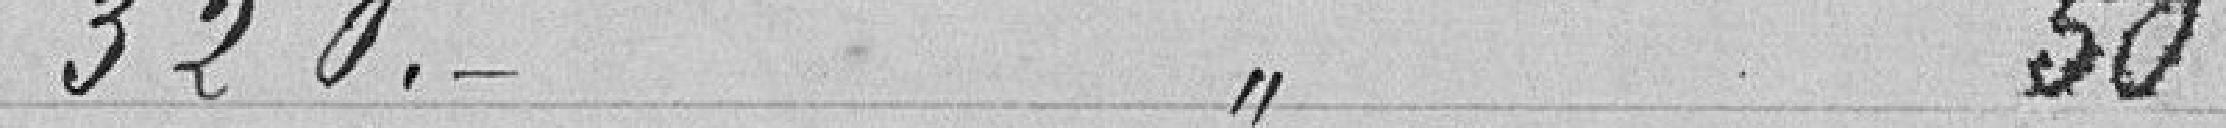
320 francs à l'article 50